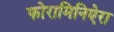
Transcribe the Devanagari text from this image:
फोरामिनिऐरा